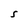
Character: S